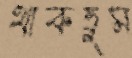
থাকতুম